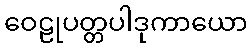
ဝေဠုပတ္တပါဒုကာယော